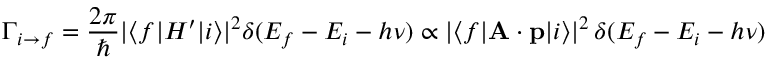
\Gamma _ { i \to f } = { \frac { 2 \pi } { \hbar } } | \langle f | H ^ { \prime } | i \rangle | ^ { 2 } \delta ( E _ { f } - E _ { i } - h \nu ) \propto | \langle f | \mathbf { A } \cdot \mathbf { p } | i \rangle | ^ { 2 } \, \delta ( E _ { f } - E _ { i } - h \nu )